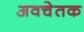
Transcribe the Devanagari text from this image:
अवचेतक